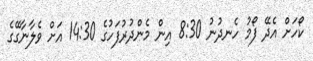
ކޯހަށް އެދޭ ފޯމު ހެނދުނު 8:30 އިން މެންދުރުފަހުގެ 14:30 އަށް ވެލާނާގޭގެ